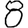
Digit: 8